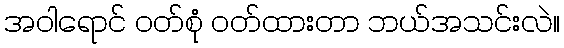
အဝါရောင် ဝတ်စုံ ဝတ်ထားတာ ဘယ်အသင်းလဲ။